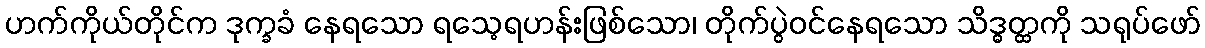
ဟက်ကိုယ်တိုင်က ဒုက္ခခံ နေရသော ရသေ့ရဟန်းဖြစ်သော၊ တိုက်ပွဲဝင်နေရသော သိဒ္ဓတ္ထကို သရုပ်ဖော်